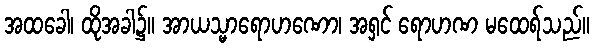
အထခေါ၊ ထိုအခါ၌။ အာယသ္မာရောဟဏော၊ အရှင် ရောဟဏ မထေရ်သည်။